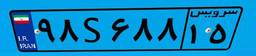
۹۸S۶۸۸۱۵